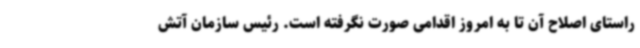
راستای اصلاح آن تا به امروز اقدامی صورت نگرفته است. رئیس سازمان آتش